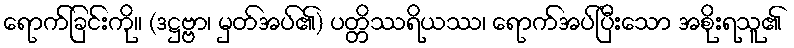
ရောက်ခြင်းကို။ (ဒဋ္ဌဗ္ဗာ၊ မှတ်အပ်၏) ပတ္တိဿရိယဿ၊ ရောက်အပ်ပြီးသော အစိုးရသူ၏